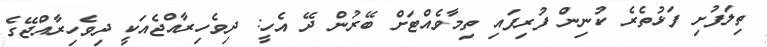
ތިލަފުށި ފަޅުތެރެ ކުނިން ފުރިފައި ތިމާވެއްޓަށް ބޭރުން ދޭ އެހީ: ދިވެހިރާއްޖެއަކީ ދިވެހިރާއްޖޭގެ